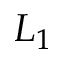
L _ { 1 }